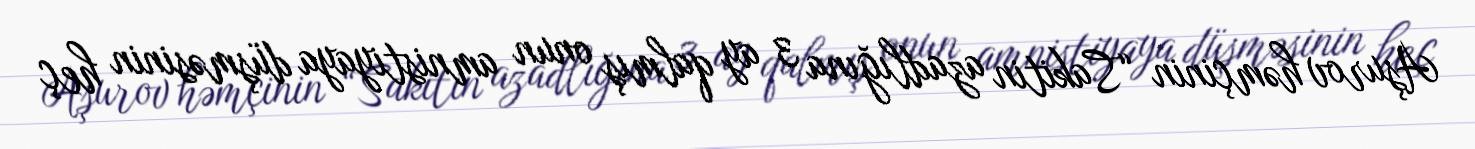
Aşurov həmçinin “Sakitin azadlığına 3 ay qalmış onun amnistiyaya düşməsinin heç